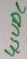
Text: 4,5VDC